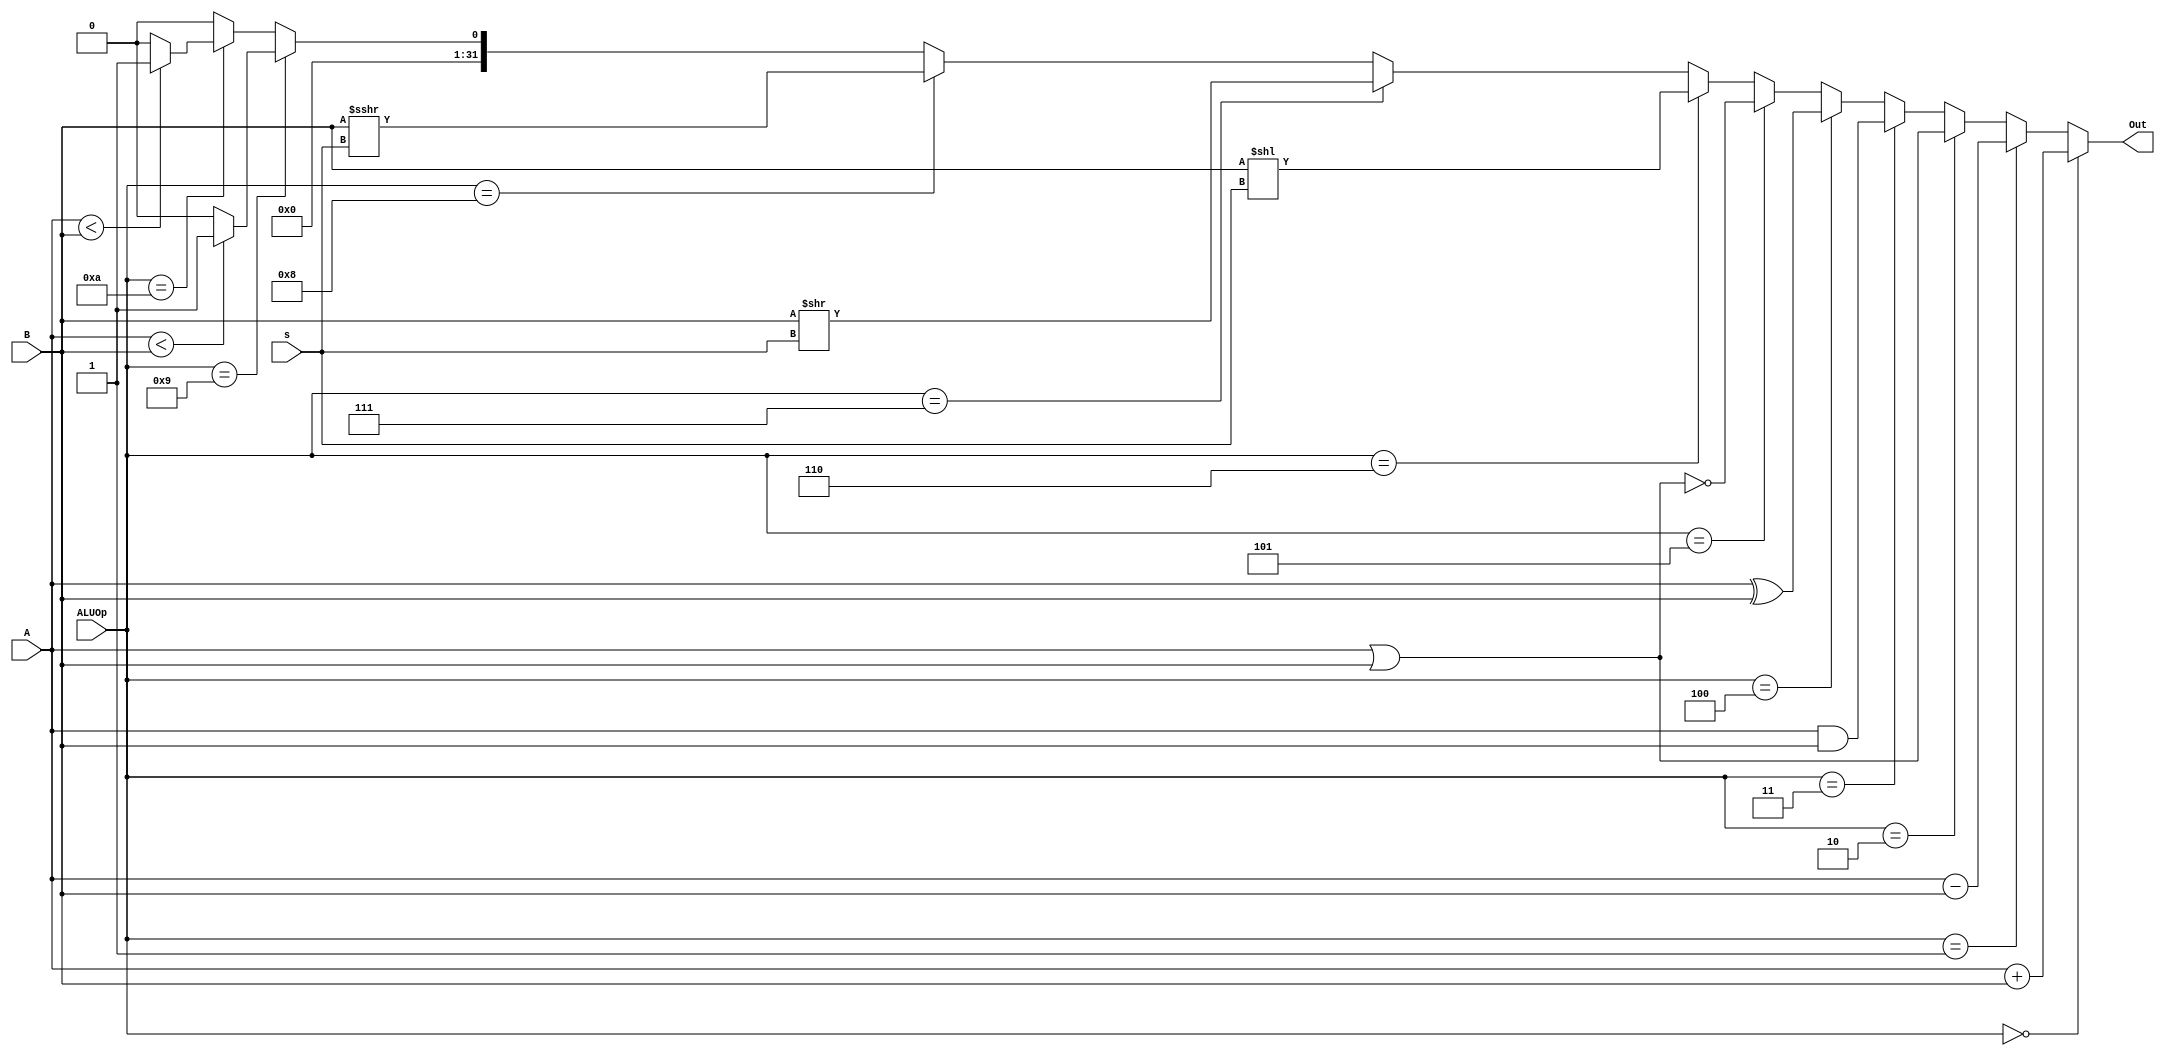
`timescale 1ns / 1ps
//////////////////////////////////////////////////////////////////////////////////
// Company: 
// Engineer: 
// 
// Design Name: 
// Module Name:    ALU 
// Project Name: 
// Target Devices: 
// Tool versions: 
// Description: 
//
// Dependencies: 
//
// Revision: 
// Revision 0.01 - File Created
// Additional Comments: 
//
//////////////////////////////////////////////////////////////////////////////////
module ALU(
    input [31:0] A,
    input [31:0] B,
	 input [4:0] s,
    input [3:0] ALUOp,
    output [31:0] Out
    );
	 
	 parameter add = 4'h0, sub = 4'h1, ori = 4'h2, anda = 4'h3, xora = 4'h4, nora = 4'h5, sll = 4'h6, srl = 4'h7, sra = 4'h8, slt = 4'h9, sltu = 4'ha;
	 
	 assign Out = (ALUOp==add)?(A+B):
						 (ALUOp==sub)?(A-B):
						 (ALUOp==ori)?(A|B):
						 (ALUOp==anda)?(A&B):
						 (ALUOp==xora)?(A^B):
						 (ALUOp==nora)?(~(A|B)):
						 (ALUOp==sll)?(B<<s):
						 (ALUOp==srl)?(B>>s):
						 (ALUOp==sra)?$signed($signed(B)>>>s):
						 (ALUOp==slt)?($signed(A)<$signed(B)?32'h1:32'h0):
						 (ALUOp==sltu)?(A<B?32'h1:32'h0):32'h0;


endmodule